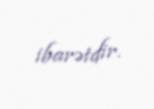
ibarətdir.